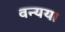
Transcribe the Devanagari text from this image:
वन्यया